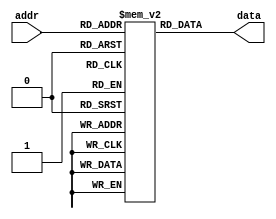
module rom #(
    parameter pc_width = 10,
    parameter instr_width = 16
)(
    input [pc_width-1 : 0] addr,
    output [instr_width-1 : 0] data
); 

reg [instr_width-1 : 0] memory [0 : (1<<pc_width)-1];

assign data = memory[addr];

endmodule